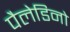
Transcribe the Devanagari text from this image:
पैलेडिनो